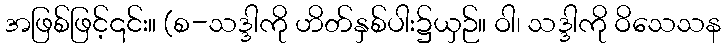
အဖြစ်ဖြင့်၎င်း။ (စ-သဒ္ဒါကို ဟိတ်နှစ်ပါး၌ယှဉ်။ ဝါ၊ သဒ္ဒါကို ဝိသေသန